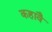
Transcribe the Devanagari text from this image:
कहावै